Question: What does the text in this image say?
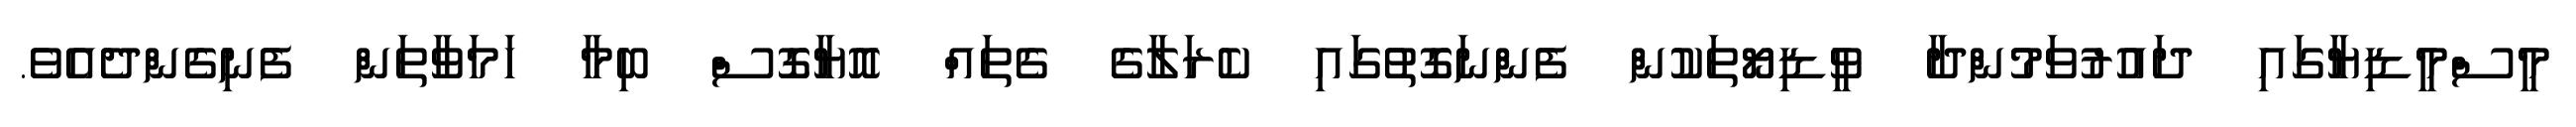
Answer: މީސްމީޑިޔާގައި ދައުރުވަމުންދާ ވީޑިޔޯތަކުން ފެންނަގޮތުގައި ކެރަލާގެ ގެތައް އޮޔާގޮސް ބިމާ ހަމަވާތަން ފެނިގެންދެއެވެ.